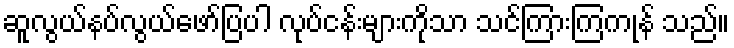
ဆူလွယ်နပ်လွယ်ဖော်ပြပါ လုပ်ငန်းများကိုသာ သင်ကြားကြကုန် သည်။